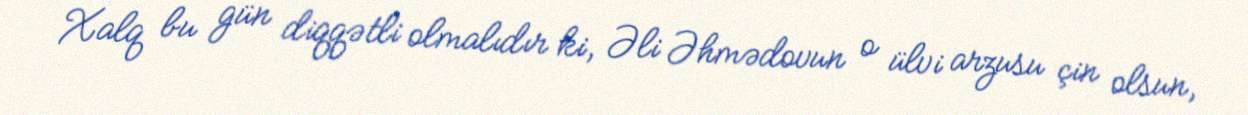
Xalq bu gün diqqətli olmalıdır ki, Əli Əhmədovun o ülvi arzusu çin olsun,